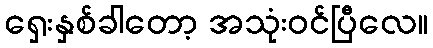
ရှေးနှစ်ခါတော့ အသုံးဝင်ပြီလေ။